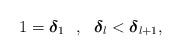
LaTeX: \begin{align*}1 = \boldsymbol{\delta}_{1} \ \ , \ \ \boldsymbol{\delta}_{l} < \boldsymbol{\delta}_{l+1}, \end{align*}